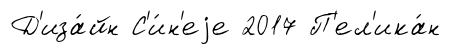
Д'иза́йн С'и́н'еjе 2017 П'ел'ика́н